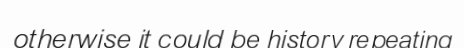
otherwise it could be history repeating